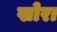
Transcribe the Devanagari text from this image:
खोरा